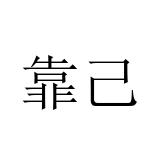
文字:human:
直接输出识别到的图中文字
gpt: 靠己